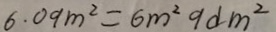
6 . 0 9 m ^ { 2 } = 6 m ^ { 2 } 9 d m ^ { 2 }